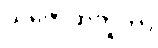
သဇောတိဘူတာ